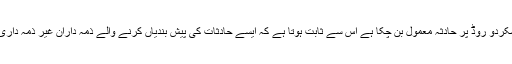
انہوں نے کہا کہ گلگت سکردو روڈ پر حادثہ معمول بن چکا ہے اس سے ثابت ہوتا ہے کہ ایسے حادثات کی پیش بندیاں کرنے والے ذمہ داران غیر ذمہ داری کا مظاہرہ کر رہے ہیں۔